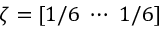
\zeta = [ 1 / 6 ~ \cdots ~ 1 / 6 ]